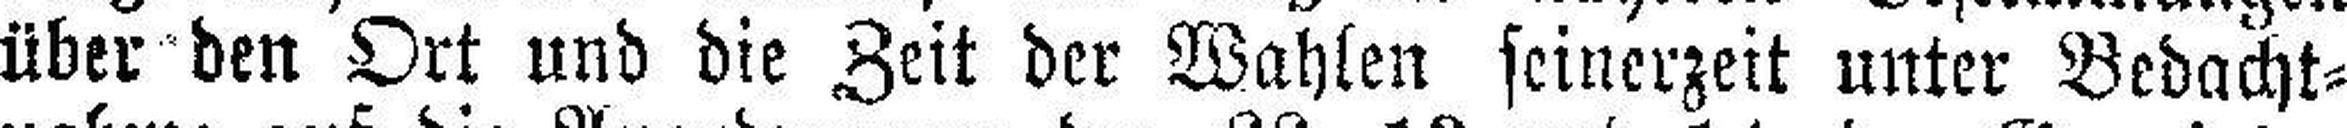
über den Ort und die Zeit der Wahlen seinerzeit unter Bedacht¬